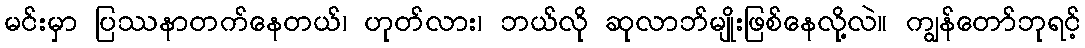
မင်းမှာ ပြဿနာတက်နေတယ်၊ ဟုတ်လား၊ ဘယ်လို ဆုလာဘ်မျိုးဖြစ်နေလို့လဲ။ ကျွန်တော်ဘုရင့်